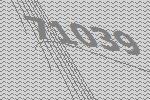
71039